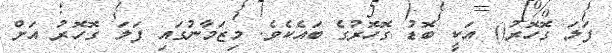
ފަލަ ގޮހޮރު() އަކީ ބޮޑު ގޮހޮރުގެ ބައެކެވެ. މިޒަމާނުގައި ފަލަ ގޮހޮރު އަށް